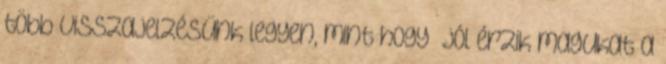
több visszajelzésünk legyen, mint hogy “jól érzik magukat a